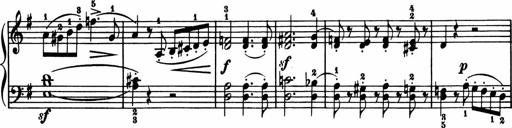
Title: 11 Sonatinas for Piano Solo
Composer: Anton Diabelli